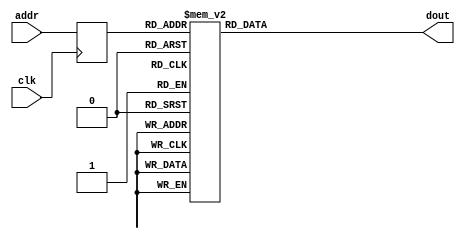
module ROM512K16 (clk,	addr, dout);
input clk;
input [8:0] addr;
output [15:0] dout;
reg [15:0] dout; 
reg [8:0] addr_r; 

always @(posedge clk)  begin : process_clk  addr_r <= addr; end

always @(addr_r) begin : process case (addr_r)

  0 : begin dout <= 16'h E0D0; end
  1 : begin dout <= 16'h 2E0D; end
  2 : begin dout <= 16'h EFDF; end
  3 : begin dout <= 16'h 2E1D; end
  4 : begin dout <= 16'h 2D70; end
  5 : begin dout <= 16'h B818; end
  6 : begin dout <= 16'h BA00; end
  7 : begin dout <= 16'h B808; end
  8 : begin dout <= 16'h EA4B; end
  9 : begin dout <= 16'h E0D0; end
  10 : begin dout <= 16'h BB48; end
  11 : begin dout <= 16'h BA10; end
  12 : begin dout <= 16'h 0F44; end
  13 : begin dout <= 16'h BA00; end
  14 : begin dout <= 16'h 19D1; end
  15 : begin dout <= 16'h FFD3; end
  16 : begin dout <= 16'h CFF9; end
  17 : begin dout <= 16'h B818; end
  18 : begin dout <= 16'h E043; end
  19 : begin dout <= 16'h E052; end
  20 : begin dout <= 16'h B808; end
  21 : begin dout <= 16'h EFEC; end
  22 : begin dout <= 16'h EFFF; end
  23 : begin dout <= 16'h E0D0; end
  24 : begin dout <= 16'h B368; end
  25 : begin dout <= 16'h 7061; end
  26 : begin dout <= 16'h 0F77; end
  27 : begin dout <= 16'h 2B76; end
  28 : begin dout <= 16'h BB48; end
  29 : begin dout <= 16'h BA10; end
  30 : begin dout <= 16'h 0F55; end
  31 : begin dout <= 16'h 1F44; end
  32 : begin dout <= 16'h BA00; end
  33 : begin dout <= 16'h 19D1; end
  34 : begin dout <= 16'h FFD3; end
  35 : begin dout <= 16'h CFF4; end
  36 : begin dout <= 16'h 8370; end
  37 : begin dout <= 16'h 5FEF; end
  38 : begin dout <= 16'h 09F1; end
  39 : begin dout <= 16'h FDF6; end
  40 : begin dout <= 16'h CFEE; end
  41 : begin dout <= 16'h FFF7; end
  42 : begin dout <= 16'h CFEC; end
  43 : begin dout <= 16'h B818; end
  44 : begin dout <= 16'h 2CA0; end
  45 : begin dout <= 16'h 2CB0; end
  46 : begin dout <= 16'h C027; end
  47 : begin dout <= 16'h E0D4; end
  48 : begin dout <= 16'h C001; end
  49 : begin dout <= 16'h E0D6; end
  50 : begin dout <= 16'h 2CCA; end
  51 : begin dout <= 16'h 2CDB; end
  52 : begin dout <= 16'h 2EAE; end
  53 : begin dout <= 16'h 2EBF; end
  54 : begin dout <= 16'h C014; end
  55 : begin dout <= 16'h E040; end
  56 : begin dout <= 16'h E050; end
  57 : begin dout <= 16'h E060; end
  58 : begin dout <= 16'h E070; end
  59 : begin dout <= 16'h 2FE1; end
  60 : begin dout <= 16'h 95E2; end
  61 : begin dout <= 16'h 7FE0; end
  62 : begin dout <= 16'h FD07; end
  63 : begin dout <= 16'h 60E8; end
  64 : begin dout <= 16'h 23EE; end
  65 : begin dout <= 16'h F029; end
  66 : begin dout <= 16'h EFF1; end
  67 : begin dout <= 16'h 8340; end
  68 : begin dout <= 16'h 8351; end
  69 : begin dout <= 16'h 8362; end
  70 : begin dout <= 16'h 8373; end
  71 : begin dout <= 16'h 2DDA; end
  72 : begin dout <= 16'h FFD1; end
  73 : begin dout <= 16'h C009; end
  74 : begin dout <= 16'h E0D0; end
  75 : begin dout <= 16'h EFF2; end
  76 : begin dout <= 16'h E3E0; end
  77 : begin dout <= 16'h 82A0; end
  78 : begin dout <= 16'h 82B1; end
  79 : begin dout <= 16'h E1E0; end
  80 : begin dout <= 16'h 82C0; end
  81 : begin dout <= 16'h 82D1; end
  82 : begin dout <= 16'h C0CF; end
  83 : begin dout <= 16'h E0D4; end
  84 : begin dout <= 16'h 0EAD; end
  85 : begin dout <= 16'h 1CB0; end
  86 : begin dout <= 16'h 2CCA; end
  87 : begin dout <= 16'h 2CDB; end
  88 : begin dout <= 16'h 2DEA; end
  89 : begin dout <= 16'h 2DFB; end
  90 : begin dout <= 16'h 8100; end
  91 : begin dout <= 16'h 8111; end
  92 : begin dout <= 16'h 8122; end
  93 : begin dout <= 16'h 8133; end
  94 : begin dout <= 16'h FD02; end
  95 : begin dout <= 16'h C172; end
  96 : begin dout <= 16'h 2FE2; end
  97 : begin dout <= 16'h 95E2; end
  98 : begin dout <= 16'h 7FE0; end
  99 : begin dout <= 16'h FD17; end
  100 : begin dout <= 16'h 60E8; end
  101 : begin dout <= 16'h EFF1; end
  102 : begin dout <= 16'h 80C0; end
  103 : begin dout <= 16'h 80D1; end
  104 : begin dout <= 16'h 80E2; end
  105 : begin dout <= 16'h 80F3; end
  106 : begin dout <= 16'h FD05; end
  107 : begin dout <= 16'h C097; end
  108 : begin dout <= 16'h EF7F; end
  109 : begin dout <= 16'h EF6F; end
  110 : begin dout <= 16'h 2F42; end
  111 : begin dout <= 16'h 9542; end
  112 : begin dout <= 16'h 704F; end
  113 : begin dout <= 16'h 9532; end
  114 : begin dout <= 16'h 2F53; end
  115 : begin dout <= 16'h 6F50; end
  116 : begin dout <= 16'h 7F30; end
  117 : begin dout <= 16'h 2B43; end
  118 : begin dout <= 16'h FD53; end
  119 : begin dout <= 16'h C003; end
  120 : begin dout <= 16'h 705F; end
  121 : begin dout <= 16'h E060; end
  122 : begin dout <= 16'h E070; end
  123 : begin dout <= 16'h FF04; end
  124 : begin dout <= 16'h C054; end
  125 : begin dout <= 16'h FD16; end
  126 : begin dout <= 16'h C009; end
  127 : begin dout <= 16'h FD15; end
  128 : begin dout <= 16'h C043; end
  129 : begin dout <= 16'h FD14; end
  130 : begin dout <= 16'h C01B; end
  131 : begin dout <= 16'h 0D4C; end
  132 : begin dout <= 16'h 1D5D; end
  133 : begin dout <= 16'h 1D6E; end
  134 : begin dout <= 16'h 1D7F; end
  135 : begin dout <= 16'h CFB3; end
  136 : begin dout <= 16'h FD15; end
  137 : begin dout <= 16'h C007; end
  138 : begin dout <= 16'h FD14; end
  139 : begin dout <= 16'h C026; end
  140 : begin dout <= 16'h 254C; end
  141 : begin dout <= 16'h 255D; end
  142 : begin dout <= 16'h 256E; end
  143 : begin dout <= 16'h 257F; end
  144 : begin dout <= 16'h CFAA; end
  145 : begin dout <= 16'h FD14; end
  146 : begin dout <= 16'h C005; end
  147 : begin dout <= 16'h 294C; end
  148 : begin dout <= 16'h 295D; end
  149 : begin dout <= 16'h 296E; end
  150 : begin dout <= 16'h 297F; end
  151 : begin dout <= 16'h CFA3; end
  152 : begin dout <= 16'h 214C; end
  153 : begin dout <= 16'h 215D; end
  154 : begin dout <= 16'h 216E; end
  155 : begin dout <= 16'h 217F; end
  156 : begin dout <= 16'h CF9E; end
  157 : begin dout <= 16'h 2F48; end
  158 : begin dout <= 16'h 714F; end
  159 : begin dout <= 16'h F031; end
  160 : begin dout <= 16'h 0CCC; end
  161 : begin dout <= 16'h 1CDD; end
  162 : begin dout <= 16'h 1CEE; end
  163 : begin dout <= 16'h 1CFF; end
  164 : begin dout <= 16'h 0D41; end
  165 : begin dout <= 16'h F7D1; end
  166 : begin dout <= 16'h 2D4C; end
  167 : begin dout <= 16'h 2D5D; end
  168 : begin dout <= 16'h 2D6E; end
  169 : begin dout <= 16'h 2D7F; end
  170 : begin dout <= 16'h CF90; end
  171 : begin dout <= 16'h FD15; end
  172 : begin dout <= 16'h CFE4; end
  173 : begin dout <= 16'h FF14; end
  174 : begin dout <= 16'h CFDD; end
  175 : begin dout <= 16'h 2F48; end
  176 : begin dout <= 16'h 2F53; end
  177 : begin dout <= 16'h 9552; end
  178 : begin dout <= 16'h 714F; end
  179 : begin dout <= 16'h F391; end
  180 : begin dout <= 16'h FF52; end
  181 : begin dout <= 16'h C007; end
  182 : begin dout <= 16'h 94F5; end
  183 : begin dout <= 16'h 94E7; end
  184 : begin dout <= 16'h 94D7; end
  185 : begin dout <= 16'h 94C7; end
  186 : begin dout <= 16'h 0D41; end
  187 : begin dout <= 16'h F7D1; end
  188 : begin dout <= 16'h CFE9; end
  189 : begin dout <= 16'h 94F6; end
  190 : begin dout <= 16'h 94E7; end
  191 : begin dout <= 16'h 94D7; end
  192 : begin dout <= 16'h 94C7; end
  193 : begin dout <= 16'h 0D41; end
  194 : begin dout <= 16'h F7D1; end
  195 : begin dout <= 16'h CFE2; end
  196 : begin dout <= 16'h FD14; end
  197 : begin dout <= 16'h C003; end
  198 : begin dout <= 16'h E8D0; end
  199 : begin dout <= 16'h 0EFD; end
  200 : begin dout <= 16'h 0F7D; end
  201 : begin dout <= 16'h 1AC4; end
  202 : begin dout <= 16'h 0AD5; end
  203 : begin dout <= 16'h 0AE6; end
  204 : begin dout <= 16'h 0AF7; end
  205 : begin dout <= 16'h F008; end
  206 : begin dout <= 16'h CF68; end
  207 : begin dout <= 16'h E041; end
  208 : begin dout <= 16'h CF67; end
  209 : begin dout <= 16'h FF06; end
  210 : begin dout <= 16'h C00F; end
  211 : begin dout <= 16'h 0EC4; end
  212 : begin dout <= 16'h 1ED5; end
  213 : begin dout <= 16'h E0D4; end
  214 : begin dout <= 16'h 0EAD; end
  215 : begin dout <= 16'h 1CB0; end
  216 : begin dout <= 16'h 2D4A; end
  217 : begin dout <= 16'h 2D5B; end
  218 : begin dout <= 16'h EFDE; end
  219 : begin dout <= 16'h 22CD; end
  220 : begin dout <= 16'h 2CAC; end
  221 : begin dout <= 16'h 2CBD; end
  222 : begin dout <= 16'h E0D4; end
  223 : begin dout <= 16'h 1AAD; end
  224 : begin dout <= 16'h 08B0; end
  225 : begin dout <= 16'h CF57; end
  226 : begin dout <= 16'h 2DEC; end
  227 : begin dout <= 16'h 2DFD; end
  228 : begin dout <= 16'h 0FE4; end
  229 : begin dout <= 16'h 1FF5; end
  230 : begin dout <= 16'h 8140; end
  231 : begin dout <= 16'h FD14; end
  232 : begin dout <= 16'h C014; end
  233 : begin dout <= 16'h FD15; end
  234 : begin dout <= 16'h C00A; end
  235 : begin dout <= 16'h FD16; end
  236 : begin dout <= 16'h CF4B; end
  237 : begin dout <= 16'h FF47; end
  238 : begin dout <= 16'h CF49; end
  239 : begin dout <= 16'h EF5F; end
  240 : begin dout <= 16'h FF57; end
  241 : begin dout <= 16'h CF47; end
  242 : begin dout <= 16'h EF6F; end
  243 : begin dout <= 16'h EF7F; end
  244 : begin dout <= 16'h CF46; end
  245 : begin dout <= 16'h FDE0; end
  246 : begin dout <= 16'h CF38; end
  247 : begin dout <= 16'h FDE1; end
  248 : begin dout <= 16'h CF36; end
  249 : begin dout <= 16'h 8151; end
  250 : begin dout <= 16'h 8162; end
  251 : begin dout <= 16'h 8173; end
  252 : begin dout <= 16'h CF3E; end
  253 : begin dout <= 16'h FDE0; end
  254 : begin dout <= 16'h CF30; end
  255 : begin dout <= 16'h 8151; end
  256 : begin dout <= 16'h FF16; end
  257 : begin dout <= 16'h CFEE; end
  258 : begin dout <= 16'h CF36; end
  259 : begin dout <= 16'h FF06; end
  260 : begin dout <= 16'h C04E; end
  261 : begin dout <= 16'h FD04; end
  262 : begin dout <= 16'h C005; end
  263 : begin dout <= 16'h FD03; end
  264 : begin dout <= 16'h C04A; end
  265 : begin dout <= 16'h FF02; end
  266 : begin dout <= 16'h C048; end
  267 : begin dout <= 16'h CF60; end
  268 : begin dout <= 16'h EFF2; end
  269 : begin dout <= 16'h E1E0; end
  270 : begin dout <= 16'h E0C0; end
  271 : begin dout <= 16'h 2FD1; end
  272 : begin dout <= 16'h 77D0; end
  273 : begin dout <= 16'h 23DD; end
  274 : begin dout <= 16'h F4A9; end
  275 : begin dout <= 16'h FF34; end
  276 : begin dout <= 16'h C003; end
  277 : begin dout <= 16'h FD35; end
  278 : begin dout <= 16'h C00E; end
  279 : begin dout <= 16'h E8C0; end
  280 : begin dout <= 16'h 82A0; end
  281 : begin dout <= 16'h 82B1; end
  282 : begin dout <= 16'h E0D3; end
  283 : begin dout <= 16'h FF24; end
  284 : begin dout <= 16'h 60D8; end
  285 : begin dout <= 16'h 23CC; end
  286 : begin dout <= 16'h F009; end
  287 : begin dout <= 16'h E0D7; end
  288 : begin dout <= 16'h E2E3; end
  289 : begin dout <= 16'h 83C0; end
  290 : begin dout <= 16'h E2E0; end
  291 : begin dout <= 16'h 83D0; end
  292 : begin dout <= 16'h E5E0; end
  293 : begin dout <= 16'h 80A0; end
  294 : begin dout <= 16'h 80B1; end
  295 : begin dout <= 16'h CF2E; end
  296 : begin dout <= 16'h 2FE2; end
  297 : begin dout <= 16'h 7FE0; end
  298 : begin dout <= 16'h FF37; end
  299 : begin dout <= 16'h C001; end
  300 : begin dout <= 16'h 60E4; end
  301 : begin dout <= 16'h 8140; end
  302 : begin dout <= 16'h 8151; end
  303 : begin dout <= 16'h 8162; end
  304 : begin dout <= 16'h 8173; end
  305 : begin dout <= 16'h FF16; end
  306 : begin dout <= 16'h C009; end
  307 : begin dout <= 16'h 2EC2; end
  308 : begin dout <= 16'h E0DF; end
  309 : begin dout <= 16'h 22CD; end
  310 : begin dout <= 16'h 0CCC; end
  311 : begin dout <= 16'h FD17; end
  312 : begin dout <= 16'h 18C1; end
  313 : begin dout <= 16'h 24DD; end
  314 : begin dout <= 16'h 24EE; end
  315 : begin dout <= 16'h 24FF; end
  316 : begin dout <= 16'h FF15; end
  317 : begin dout <= 16'h C010; end
  318 : begin dout <= 16'h FD14; end
  319 : begin dout <= 16'h C005; end
  320 : begin dout <= 16'h 2AC4; end
  321 : begin dout <= 16'h 2AD5; end
  322 : begin dout <= 16'h 2AE6; end
  323 : begin dout <= 16'h 2AF7; end
  324 : begin dout <= 16'h C009; end
  325 : begin dout <= 16'h EFDF; end
  326 : begin dout <= 16'h 26CD; end
  327 : begin dout <= 16'h 26DD; end
  328 : begin dout <= 16'h 26ED; end
  329 : begin dout <= 16'h 26FD; end
  330 : begin dout <= 16'h 22C4; end
  331 : begin dout <= 16'h 22D5; end
  332 : begin dout <= 16'h 22E6; end
  333 : begin dout <= 16'h 22F7; end
  334 : begin dout <= 16'h 82F3; end
  335 : begin dout <= 16'h 82E2; end
  336 : begin dout <= 16'h 82D1; end
  337 : begin dout <= 16'h 82C0; end
  338 : begin dout <= 16'h CEE8; end
  339 : begin dout <= 16'h FD06; end
  340 : begin dout <= 16'h C012; end
  341 : begin dout <= 16'h FD04; end
  342 : begin dout <= 16'h C010; end
  343 : begin dout <= 16'h 2F41; end
  344 : begin dout <= 16'h 0F44; end
  345 : begin dout <= 16'h 714E; end
  346 : begin dout <= 16'h FD07; end
  347 : begin dout <= 16'h 6041; end
  348 : begin dout <= 16'h 2FD3; end
  349 : begin dout <= 16'h 95D2; end
  350 : begin dout <= 16'h 7ED0; end
  351 : begin dout <= 16'h 2B4D; end
  352 : begin dout <= 16'h 2F53; end
  353 : begin dout <= 16'h 9552; end
  354 : begin dout <= 16'h 7057; end
  355 : begin dout <= 16'h FD37; end
  356 : begin dout <= 16'h 6F58; end
  357 : begin dout <= 16'h 0EC4; end
  358 : begin dout <= 16'h 1ED5; end
  359 : begin dout <= 16'h 2FE2; end
  360 : begin dout <= 16'h 95E6; end
  361 : begin dout <= 16'h FD30; end
  362 : begin dout <= 16'h 68E0; end
  363 : begin dout <= 16'h 7FE8; end
  364 : begin dout <= 16'h EFF1; end
  365 : begin dout <= 16'h 8180; end
  366 : begin dout <= 16'h 8191; end
  367 : begin dout <= 16'h 81A2; end
  368 : begin dout <= 16'h 81B3; end
  369 : begin dout <= 16'h FF06; end
  370 : begin dout <= 16'h C02A; end
  371 : begin dout <= 16'h FD15; end
  372 : begin dout <= 16'h C003; end
  373 : begin dout <= 16'h E8D0; end
  374 : begin dout <= 16'h 26FD; end
  375 : begin dout <= 16'h 27BD; end
  376 : begin dout <= 16'h 1AC8; end
  377 : begin dout <= 16'h 0AD9; end
  378 : begin dout <= 16'h 0AEA; end
  379 : begin dout <= 16'h 0AFB; end
  380 : begin dout <= 16'h FF16; end
  381 : begin dout <= 16'h C016; end
  382 : begin dout <= 16'h FD14; end
  383 : begin dout <= 16'h C002; end
  384 : begin dout <= 16'h F010; end
  385 : begin dout <= 16'h CEC5; end
  386 : begin dout <= 16'h F0B8; end
  387 : begin dout <= 16'h 0F11; end
  388 : begin dout <= 16'h 711E; end
  389 : begin dout <= 16'h 9532; end
  390 : begin dout <= 16'h 2FD3; end
  391 : begin dout <= 16'h 7ED0; end
  392 : begin dout <= 16'h 2B1D; end
  393 : begin dout <= 16'h 703F; end
  394 : begin dout <= 16'h FD33; end
  395 : begin dout <= 16'h 6130; end
  396 : begin dout <= 16'h 7137; end
  397 : begin dout <= 16'h FD07; end
  398 : begin dout <= 16'h 6038; end
  399 : begin dout <= 16'h FD34; end
  400 : begin dout <= 16'h 6E30; end
  401 : begin dout <= 16'h 0EA1; end
  402 : begin dout <= 16'h 1EB3; end
  403 : begin dout <= 16'h CEC2; end
  404 : begin dout <= 16'h 28CD; end
  405 : begin dout <= 16'h 28CE; end
  406 : begin dout <= 16'h 28CF; end
  407 : begin dout <= 16'h FF14; end
  408 : begin dout <= 16'h C002; end
  409 : begin dout <= 16'h F749; end
  410 : begin dout <= 16'h CEAC; end
  411 : begin dout <= 16'h F339; end
  412 : begin dout <= 16'h CEAA; end
  413 : begin dout <= 16'h FF04; end
  414 : begin dout <= 16'h C011; end
  415 : begin dout <= 16'h 2F48; end
  416 : begin dout <= 16'h 2F59; end
  417 : begin dout <= 16'h 2F6A; end
  418 : begin dout <= 16'h 2F7B; end
  419 : begin dout <= 16'h FD16; end
  420 : begin dout <= 16'h CF06; end
  421 : begin dout <= 16'h FD15; end
  422 : begin dout <= 16'h CF1D; end
  423 : begin dout <= 16'h FD14; end
  424 : begin dout <= 16'h CEF4; end
  425 : begin dout <= 16'h FF36; end
  426 : begin dout <= 16'h CED8; end
  427 : begin dout <= 16'h 1AC8; end
  428 : begin dout <= 16'h 0AD9; end
  429 : begin dout <= 16'h 0AEA; end
  430 : begin dout <= 16'h 0AFB; end
  431 : begin dout <= 16'h CEF6; end
  432 : begin dout <= 16'h 2DEC; end
  433 : begin dout <= 16'h 2DFD; end
  434 : begin dout <= 16'h FD14; end
  435 : begin dout <= 16'h C013; end
  436 : begin dout <= 16'h FD15; end
  437 : begin dout <= 16'h C011; end
  438 : begin dout <= 16'h 8380; end
  439 : begin dout <= 16'h FFF7; end
  440 : begin dout <= 16'h C00D; end
  441 : begin dout <= 16'h FDF5; end
  442 : begin dout <= 16'h C00B; end
  443 : begin dout <= 16'h E0CA; end
  444 : begin dout <= 16'h B800; end
  445 : begin dout <= 16'h E4DD; end
  446 : begin dout <= 16'h 0DD1; end
  447 : begin dout <= 16'h F7F1; end
  448 : begin dout <= 16'h B980; end
  449 : begin dout <= 16'h 9587; end
  450 : begin dout <= 16'h 6880; end
  451 : begin dout <= 16'h 0DC1; end
  452 : begin dout <= 16'h F7C1; end
  453 : begin dout <= 16'h CE81; end
  454 : begin dout <= 16'h CE80; end
  455 : begin dout <= 16'h FDE0; end
  456 : begin dout <= 16'h CE68; end
  457 : begin dout <= 16'h FD14; end
  458 : begin dout <= 16'h C004; end
  459 : begin dout <= 16'h FDE1; end
  460 : begin dout <= 16'h CE64; end
  461 : begin dout <= 16'h 83B3; end
  462 : begin dout <= 16'h 83A2; end
  463 : begin dout <= 16'h 8380; end
  464 : begin dout <= 16'h 8391; end
  465 : begin dout <= 16'h CE75; end
  466 : begin dout <= 16'h FD04; end
  467 : begin dout <= 16'h C01D; end
  468 : begin dout <= 16'h FF05; end
  469 : begin dout <= 16'h CE71; end
  470 : begin dout <= 16'h FF03; end
  471 : begin dout <= 16'h CE88; end
  472 : begin dout <= 16'h 9532; end
  473 : begin dout <= 16'h 7F37; end
  474 : begin dout <= 16'h FD24; end
  475 : begin dout <= 16'h 6038; end
  476 : begin dout <= 16'h 9522; end
  477 : begin dout <= 16'h 702E; end
  478 : begin dout <= 16'h 2EC3; end
  479 : begin dout <= 16'h EFD0; end
  480 : begin dout <= 16'h 22CD; end
  481 : begin dout <= 16'h 2AC2; end
  482 : begin dout <= 16'h 2ED1; end
  483 : begin dout <= 16'h 22DD; end
  484 : begin dout <= 16'h 703F; end
  485 : begin dout <= 16'h 2AD3; end
  486 : begin dout <= 16'h E0D4; end
  487 : begin dout <= 16'h 0EAD; end
  488 : begin dout <= 16'h 1CB0; end
  489 : begin dout <= 16'h 2D4A; end
  490 : begin dout <= 16'h 2D5B; end
  491 : begin dout <= 16'h 0CAC; end
  492 : begin dout <= 16'h 1CBD; end
  493 : begin dout <= 16'h E0D8; end
  494 : begin dout <= 16'h 1AAD; end
  495 : begin dout <= 16'h 08B0; end
  496 : begin dout <= 16'h CE48; end
  497 : begin dout <= 16'h 2F73; end
  498 : begin dout <= 16'h 2F62; end
  499 : begin dout <= 16'h 2F51; end
  500 : begin dout <= 16'h 7F50; end
  501 : begin dout <= 16'h E040; end
  502 : begin dout <= 16'h FD05; end
  503 : begin dout <= 16'h CE43; end
  504 : begin dout <= 16'h 2D4A; end
  505 : begin dout <= 16'h 0D5B; end
  506 : begin dout <= 16'h CE40; end
  507 : begin dout <= 16'h CE4B; end
 default: begin dout <= 16'h xxxx; end
endcase
end

endmodule